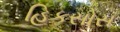
હિકસોસ